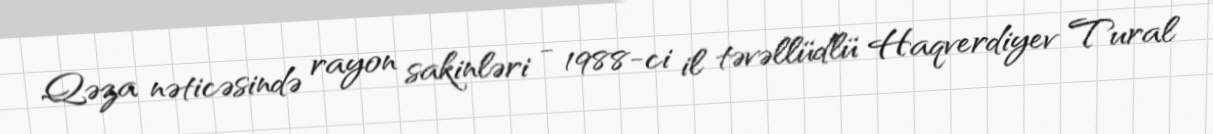
Qəza nəticəsində rayon sakinləri - 1988-ci il təvəllüdlü Haqverdiyev Tural